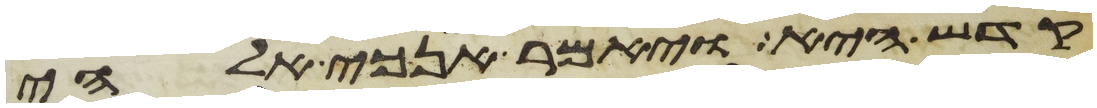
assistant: קדש היא ויאמר אנכי אלהי